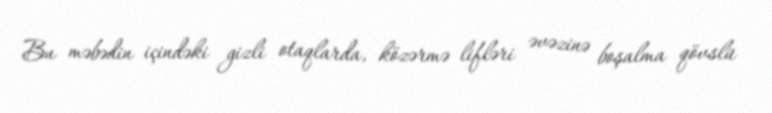
Bu məbədin içindəki gizli otaqlarda, közərmə lifləri əvəzinə boşalma qövslü